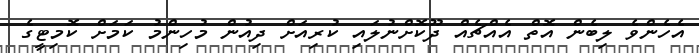
އެހެންވެ ލިބެން އޮތް އެއްޗެއް ދޫކޮށްނުލައި ކުރިއަށް ދިއުން މުހިންމު ކަމަށް ކޮމިޓީގެ